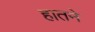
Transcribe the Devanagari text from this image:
हातने